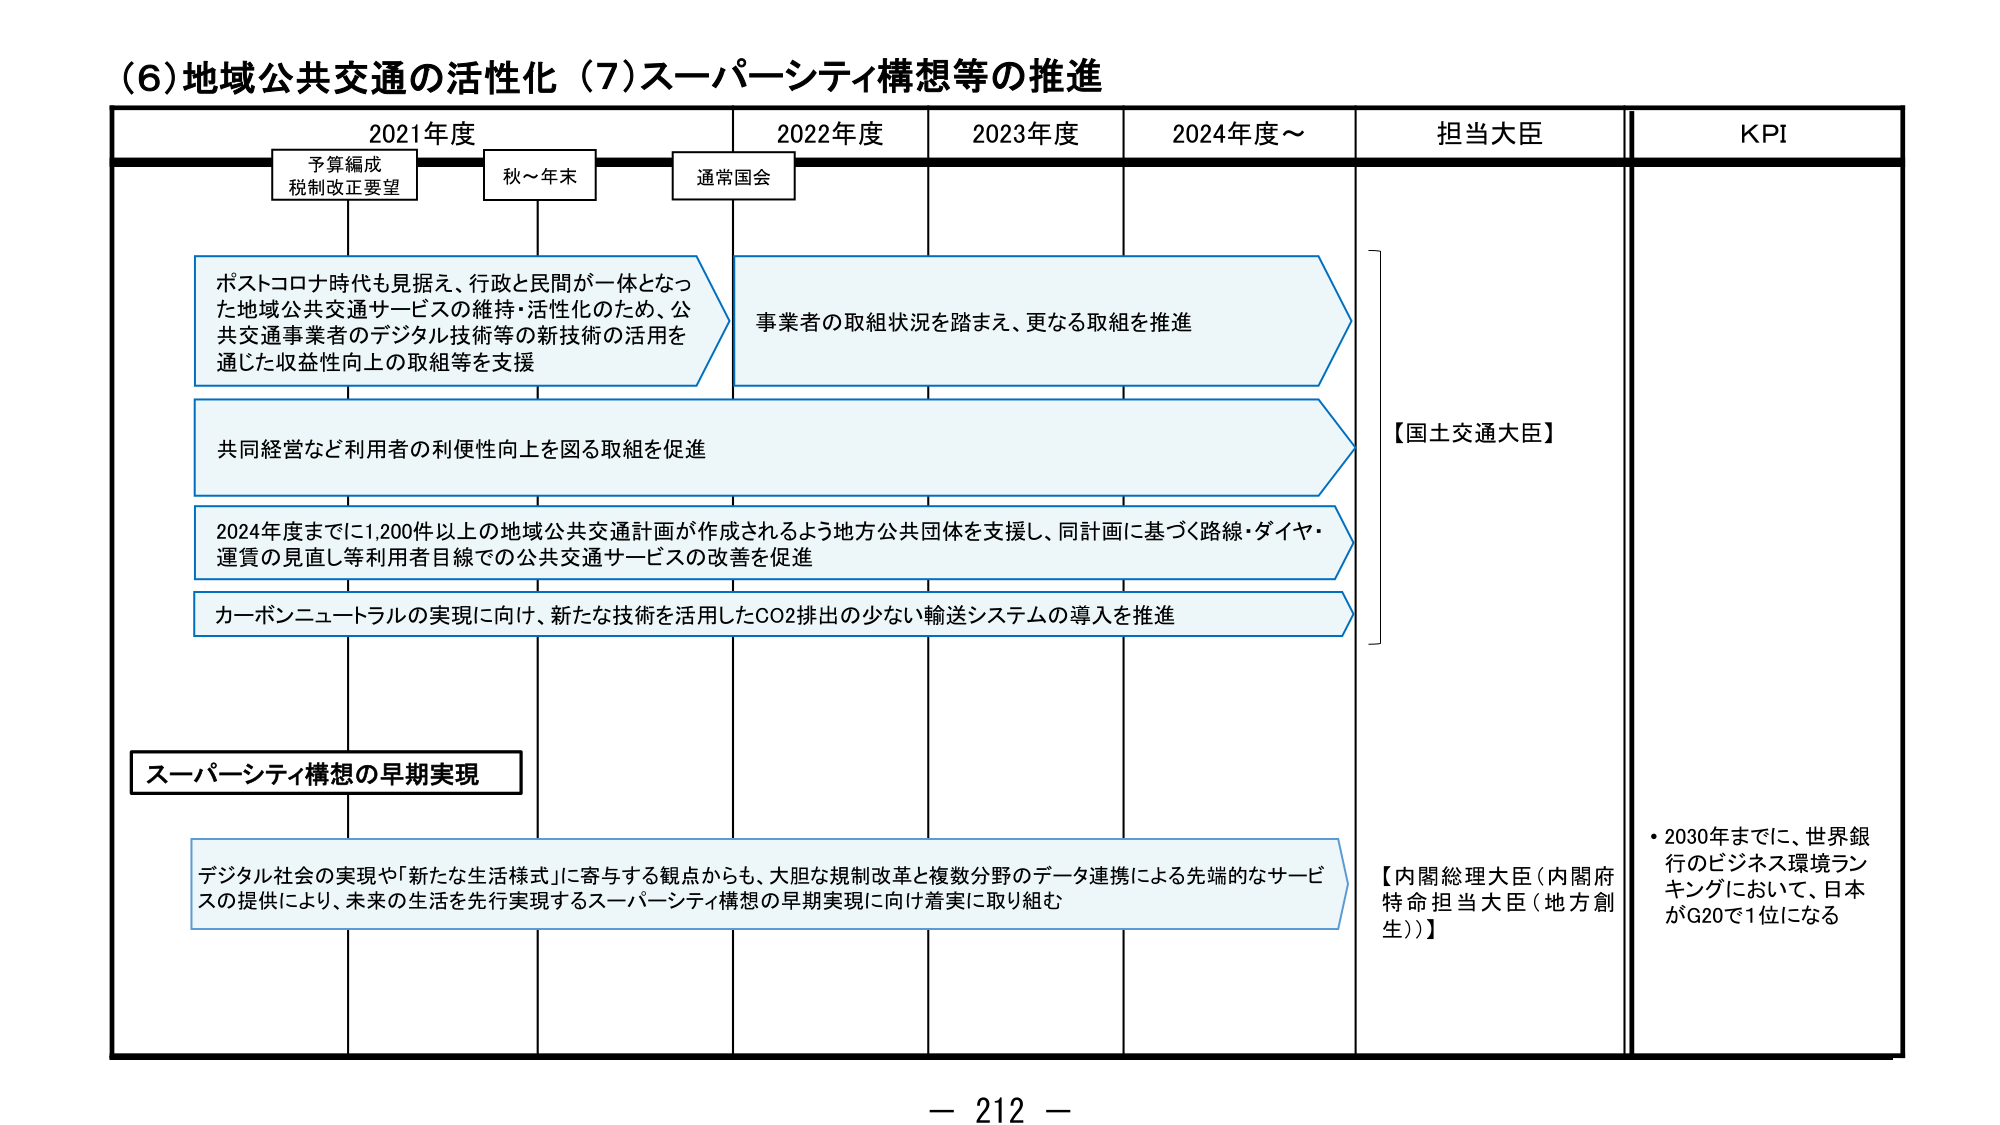
(6)地域公共交通の活性化 (7)スーパーシティ構想等の推進

2021年度 2022年度 2023年度 2024年度～ 担当大臣 KPI

予算編成 税制改正要望 秋～年末 通常国会

ポストコロナ時代も見据え、行政と民間が一体となった地域公共交通サービスの維持・活性化のため、公共交通事業者のデジタル技術等の新技術の活用を通じた収益性向上の取組等を支援

事業者の取組状況を踏まえ、更なる取組を推進

共同経営など利用者の利便性向上を図る取組を促進

2024年度までに1,200件以上の地域公共交通計画が作成されるよう地方公共団体を支援し、同計画に基づく路線・ダイヤ・運賃の見直し等利用者目線での公共交通サービスの改善を促進

カーボンニュートラルの実現に向け、新たな技術を活用したCO2排出の少ない輸送システムの導入を推進

スーパーシティ構想の早期実現

デジタル社会の実現や「新たな生活様式」に寄与する観点からも、大胆な規制改革と複数分野のデータ連携による先端的なサービスの提供により、未来の生活を先行実現するスーパーシティ構想の早期実現に向け着実に取り組む

【国土交通大臣】

【内閣総理大臣（内閣府特命担当大臣（地方創生））】

・2030年までに、世界銀行のビジネス環境ランキングにおいて、日本がG20で1位になる

－ 212 －